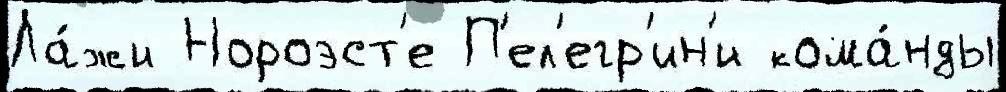
Ла́жи Нороэст'е П'ел'егр'ин'и кома́нды